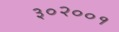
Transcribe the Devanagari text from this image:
३०२००१